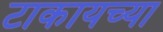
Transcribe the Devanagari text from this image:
टाकायच्या